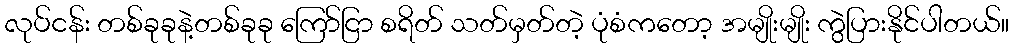
လုပ်ငန်း တစ်ခုခုနဲ့တစ်ခုခု ကြော်ငြာ စရိတ် သတ်မှတ်တဲ့ ပုံစံကတော့ အမျိုးမျိုး ကွဲပြားနိုင်ပါတယ်။